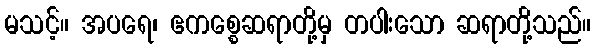
မသင့်။ အပရေ၊ ဧကစ္စေဆရာတို့မှ တပါးသော ဆရာတို့သည်။